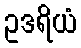
ဥဒရိယံ